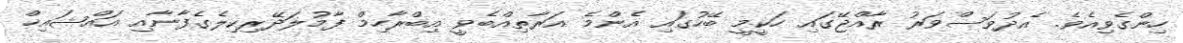
ހިންގެވިއެވ.ެ އެދުވަސްވަރު ރާއްޖޭގައި ހަކީމީ ބޭހުގައި އެންމެ އަރާތިއްބެވީ އިބްރާހިމް ފާމުލަދޭރިކިލެގެފާނާއި އައްޝައިޚް